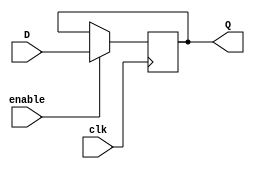
`timescale 1ns / 1ps


module register_16bits( //simple 16bit register that holds a value until enable is high where it passes the input to the output effectively holding the input iuntil enable is set to high
    input wire enable,
    input wire clk,
    input wire [15:0] D,
    output reg [15:0] Q
    );

always@(posedge clk)
    begin
        if(enable)
            Q = D;
    end
endmodule